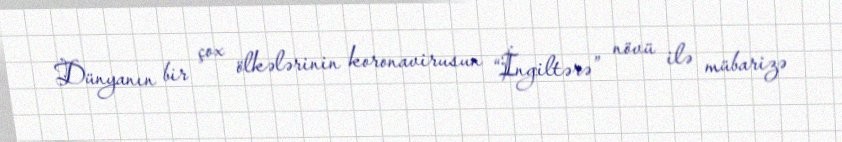
Dünyanın bir çox ölkələrinin koronavirusun “İngiltərə” növü ilə mübarizə